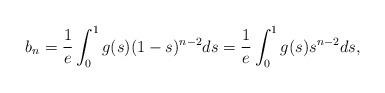
LaTeX: \begin{align*}b_n=\frac{1}{e}\int_{0}^{1}g(s)(1-s)^{n-2}ds=\frac{1}{e}\int_{0}^{1}g(s)s^{n-2}ds,\end{align*}